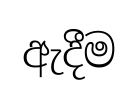
ඇදීම